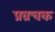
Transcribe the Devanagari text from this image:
प्रव्रचक